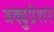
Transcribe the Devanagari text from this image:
अक्युप्रेशर